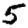
Digit: 5